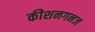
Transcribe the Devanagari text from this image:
कीशनगनज